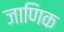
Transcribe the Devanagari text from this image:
जाणिक